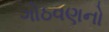
ગોઠવણનો